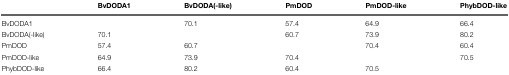
|  | BvDODA1 | BvDODA(-like) | PmDOD | PmDOD-like | PhybDOD-like |
 | --- | --- | --- | --- | --- | --- |
 | BvDODA1 |  | 70.1 | 57.4 | 64.9 | 66.4 |
 | BvDODA(-like) | 70.1 |  | 60.7 | 73.9 | 80.2 |
 | PmDOD | 57.4 | 60.7 |  | 70.4 | 60.4 |
 | PmDOD-like | 64.9 | 73.9 | 70.4 |  | 70.5 |
 | PhybDOD-like | 66.4 | 80.2 | 60.4 | 70.5 |  |